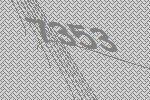
7353